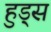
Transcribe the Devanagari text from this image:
हुड्स